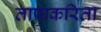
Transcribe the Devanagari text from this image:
तापाकरिता